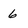
Character: 6